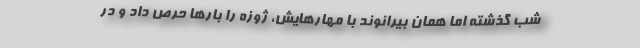
شب گذشته اما همان بیرانوند با مهارهایش، ژوزه را بارها حرص داد و در